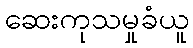
ဆေးကုသမှုခံယူ